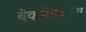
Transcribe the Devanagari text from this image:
बेकमेमबतोव